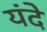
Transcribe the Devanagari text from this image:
यंदे